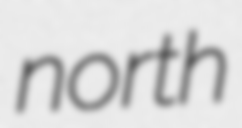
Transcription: north